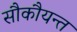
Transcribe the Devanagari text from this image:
सौकौयन्त